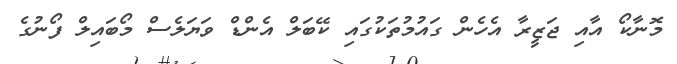
މޮނާކޯ އާއި ޖަޒީރާ އެހެން ގައުމުތަކުގައި ކޭބަލް އެންޑް ވަޔަލެސް މޯބައިލް ފޯނުގެ